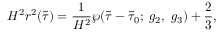
H ^ { 2 } r ^ { 2 } ( \tilde { \tau } ) = \frac { 1 } { H ^ { 2 } } \wp ( \tilde { \tau } - \tilde { \tau } _ { 0 } ; \; g _ { 2 } , \; g _ { 3 } ) + \frac { 2 } { 3 } ,